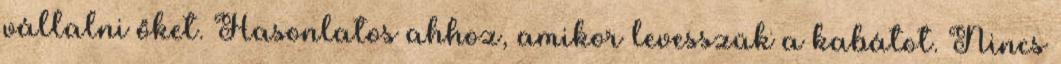
vállalni őket. Hasonlatos ahhoz, amikor levesszük a kabátot. Nincs